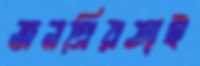
জনপ্রিয়তাই